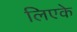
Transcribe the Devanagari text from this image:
लिएके